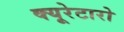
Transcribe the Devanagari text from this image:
क्यूरेटारो